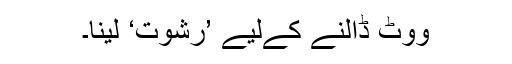
ووٹ ڈالنے کےلیے ’رشوت‘ لینا۔